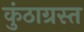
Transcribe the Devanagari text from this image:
कुंठाग्रस्त